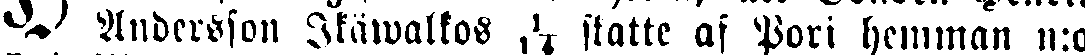
# Audersson Ikäwalkos 1/14 skatte af Pori hemman n:o